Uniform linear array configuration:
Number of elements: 24
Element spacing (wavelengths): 0.25
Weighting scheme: uniform
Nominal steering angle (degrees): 60
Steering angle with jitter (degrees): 61.655
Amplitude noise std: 0.05
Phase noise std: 0.05

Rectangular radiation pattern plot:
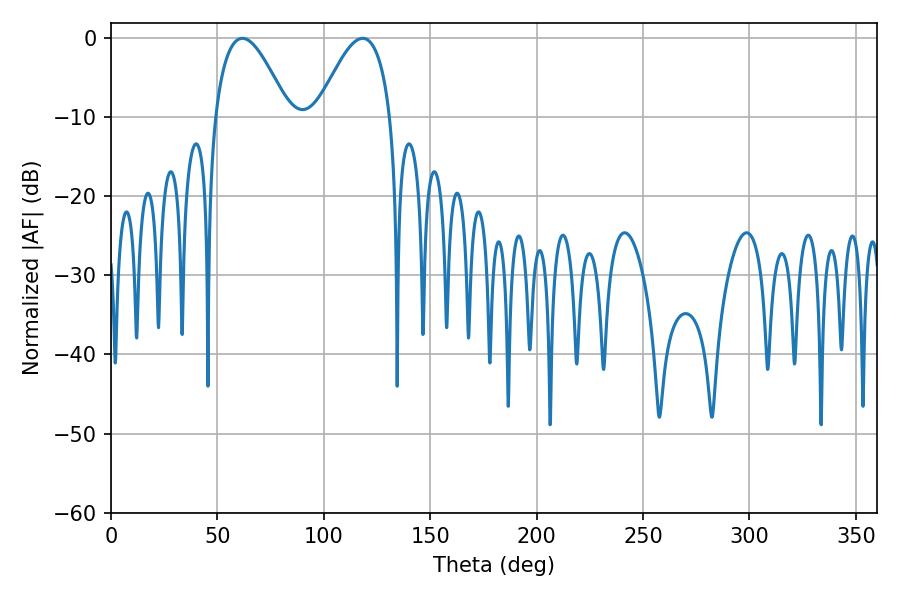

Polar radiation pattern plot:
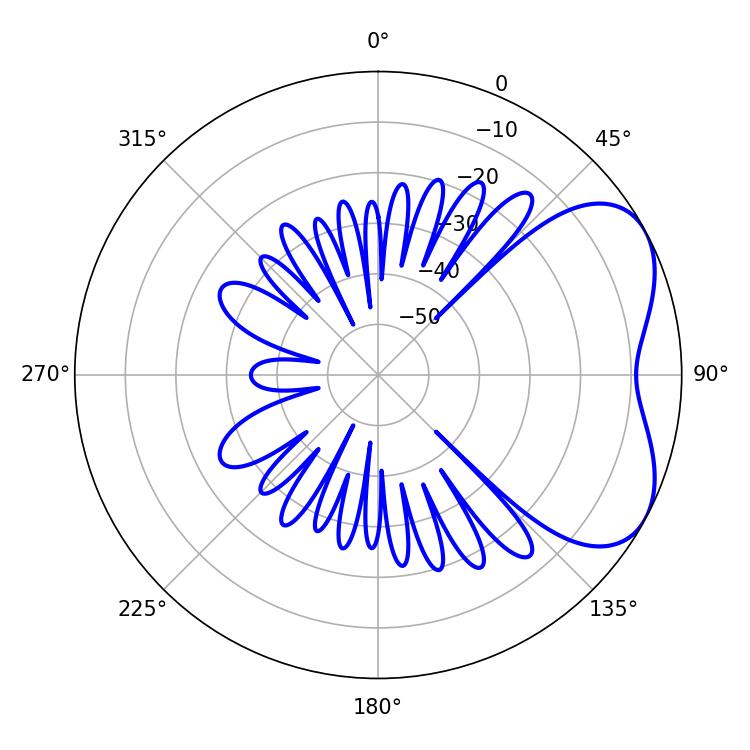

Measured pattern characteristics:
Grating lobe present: FALSE
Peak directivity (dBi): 4.822
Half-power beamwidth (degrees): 18.9
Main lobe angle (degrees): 61.74